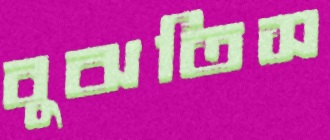
বুঝতিস